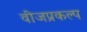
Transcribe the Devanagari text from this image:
वीजप्रकल्प